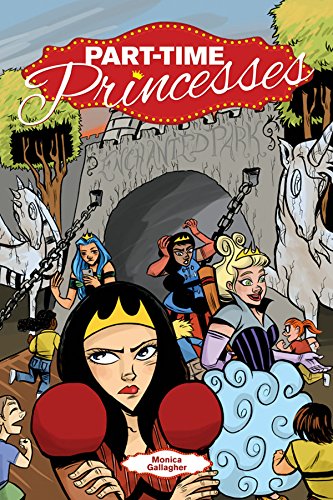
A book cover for Part-Time Princesses; Monica Gallagher; Comics & Graphic Novels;